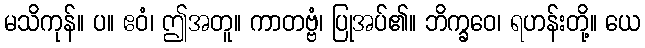
မသိကုန်။ ပ။ ဧဝံ၊ ဤအတူ။ ကာတဗ္ဗံ၊ ပြုအပ်၏။ ဘိက္ခဝေ၊ ရဟန်းတို့။ ယေ